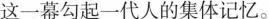
这一幕勾起一代人的集体记忆。